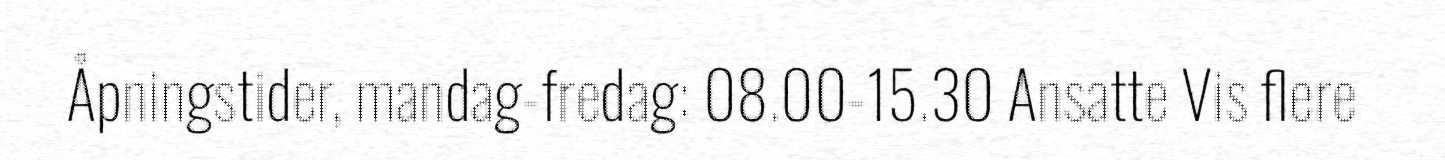
Åpningstider, mandag-fredag: 08.00-15.30 Ansatte Vis flere